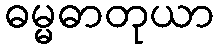
ဓမ္မဓာတုယာ